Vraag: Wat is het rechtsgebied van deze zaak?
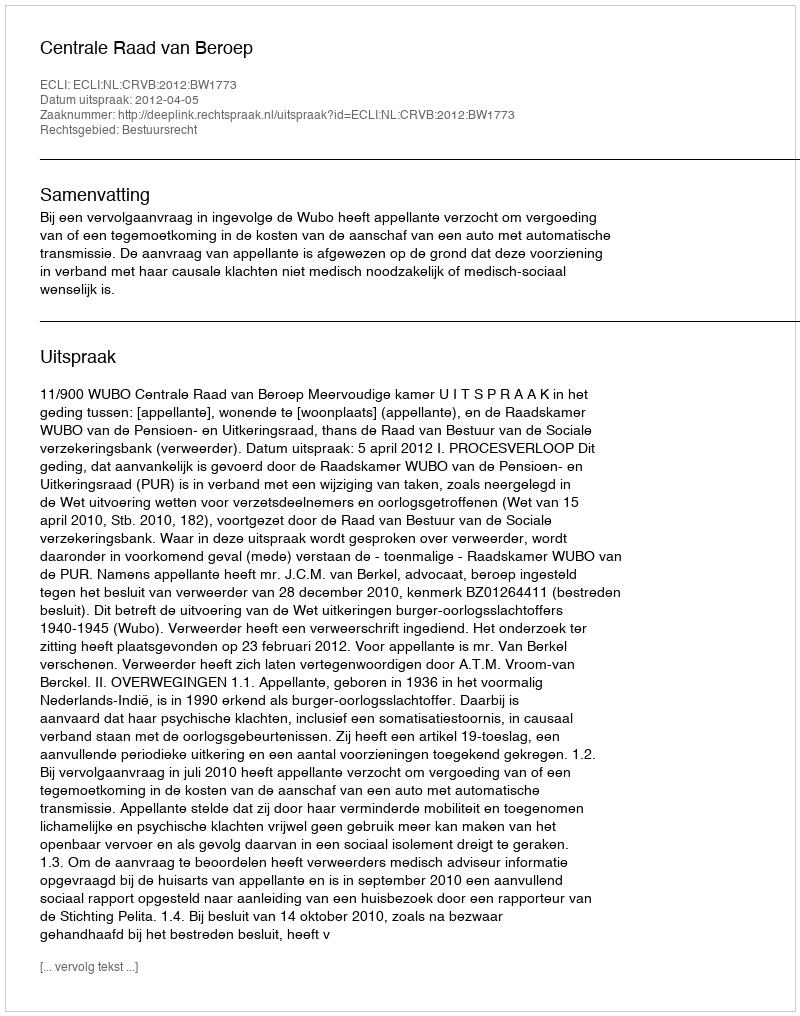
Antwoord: Bestuursrecht